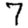
Digit: 7